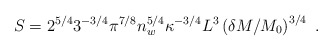
\begin{align*}S = 2^{5/4} 3^{-3/4} \pi^{7/8} n_w^{5/4} \kappa^{-3/4} L^3 \left( \delta M / M_0 \right)^{3/4} \ . \end{align*}